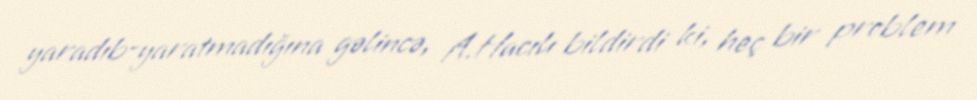
yaradıb-yaratmadığına gəlincə, A.Hacılı bildirdi ki, heç bir problem